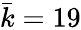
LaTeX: \bar{k}=19